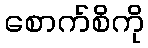
စောက်စိကို